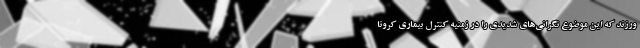
ورزند که این موضوع نگرانی‌های شدیدی را در زمنیه کنترل بیماری کرونا